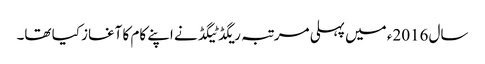
سال 2016ء میں پہلی مرتبہ ریگڈ ٹیگڈ نے اپنے کام کا آغاز کیا تھا۔